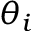
\theta _ { i }